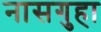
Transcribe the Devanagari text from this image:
नासगुहा